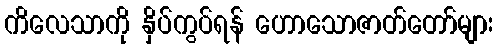
ကိလေသာကို နှိပ်ကွပ်ရန် ဟောသောဇာတ်တော်များ